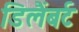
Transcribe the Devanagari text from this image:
डिलैंबर्ट